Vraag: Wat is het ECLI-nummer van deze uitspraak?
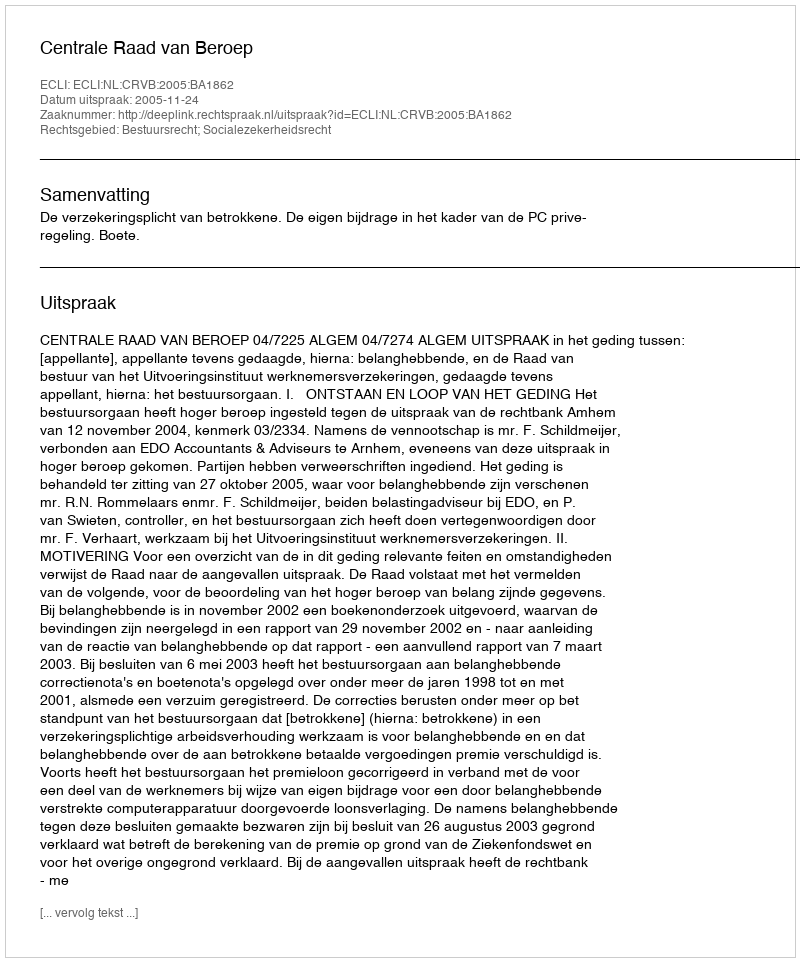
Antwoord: ECLI:NL:CRVB:2005:BA1862